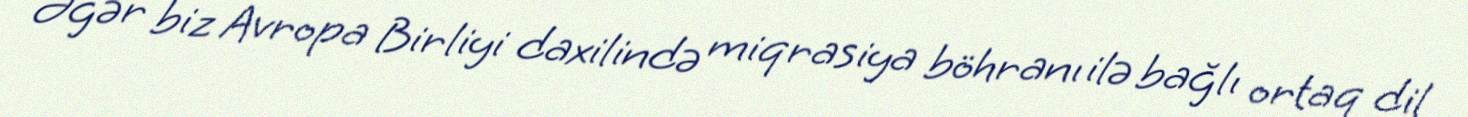
Əgər biz Avropa Birliyi daxilində miqrasiya böhranı ilə bağlı ortaq dil